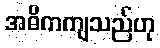
အဓိကကျသည်ဟု